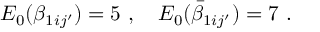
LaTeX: { \cal E } _ { 0 } ( \beta _ { 1 i j ^ { \prime } } ) = 5 ~ , ~ ~ ~ { \cal E } _ { 0 } ( \bar { \beta } _ { 1 i j ^ { \prime } } ) = 7 ~ .